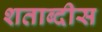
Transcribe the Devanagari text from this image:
शताब्दीस